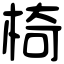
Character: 椅